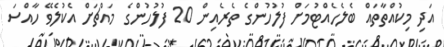
އަދި މިކުއްތާތައް ބެލެހެއްޓުމަށް ފުލުހުންގެ ތެރެއިން 20 ފުލުހުންގެ މައްޗަށް އެކުލެވޭ ހާއްސަ